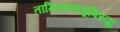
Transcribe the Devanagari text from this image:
तामिळनाडूविरुद्ध